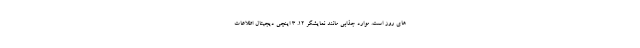
های روز است. موارد جذابی مانند نمایشگر 12. 3 اینچی دیجیتال اطلاعات